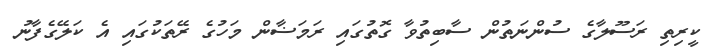
ކީރިތި ރަސޫލާގެ ސުންނަތުން ސާބިތުވާ ގޮތުގައި ރަމަޟާން މަހުގެ ރޭތަކުގައި އެ ކަލޭގެފާނު